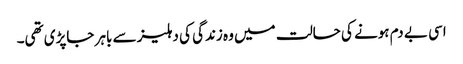
اسی بے دم ہونے کی حالت میں وہ زندگی کی دہلیز سے باہر جاپڑی تھی۔